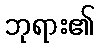
ဘုရား၏